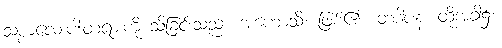
သစ္စာလေးပါးတရားကို သိခြင်းသည်။ အဟောသိ၊ ဖြစ်၏။ တဒါပန၊ ထိုအခါ၌။